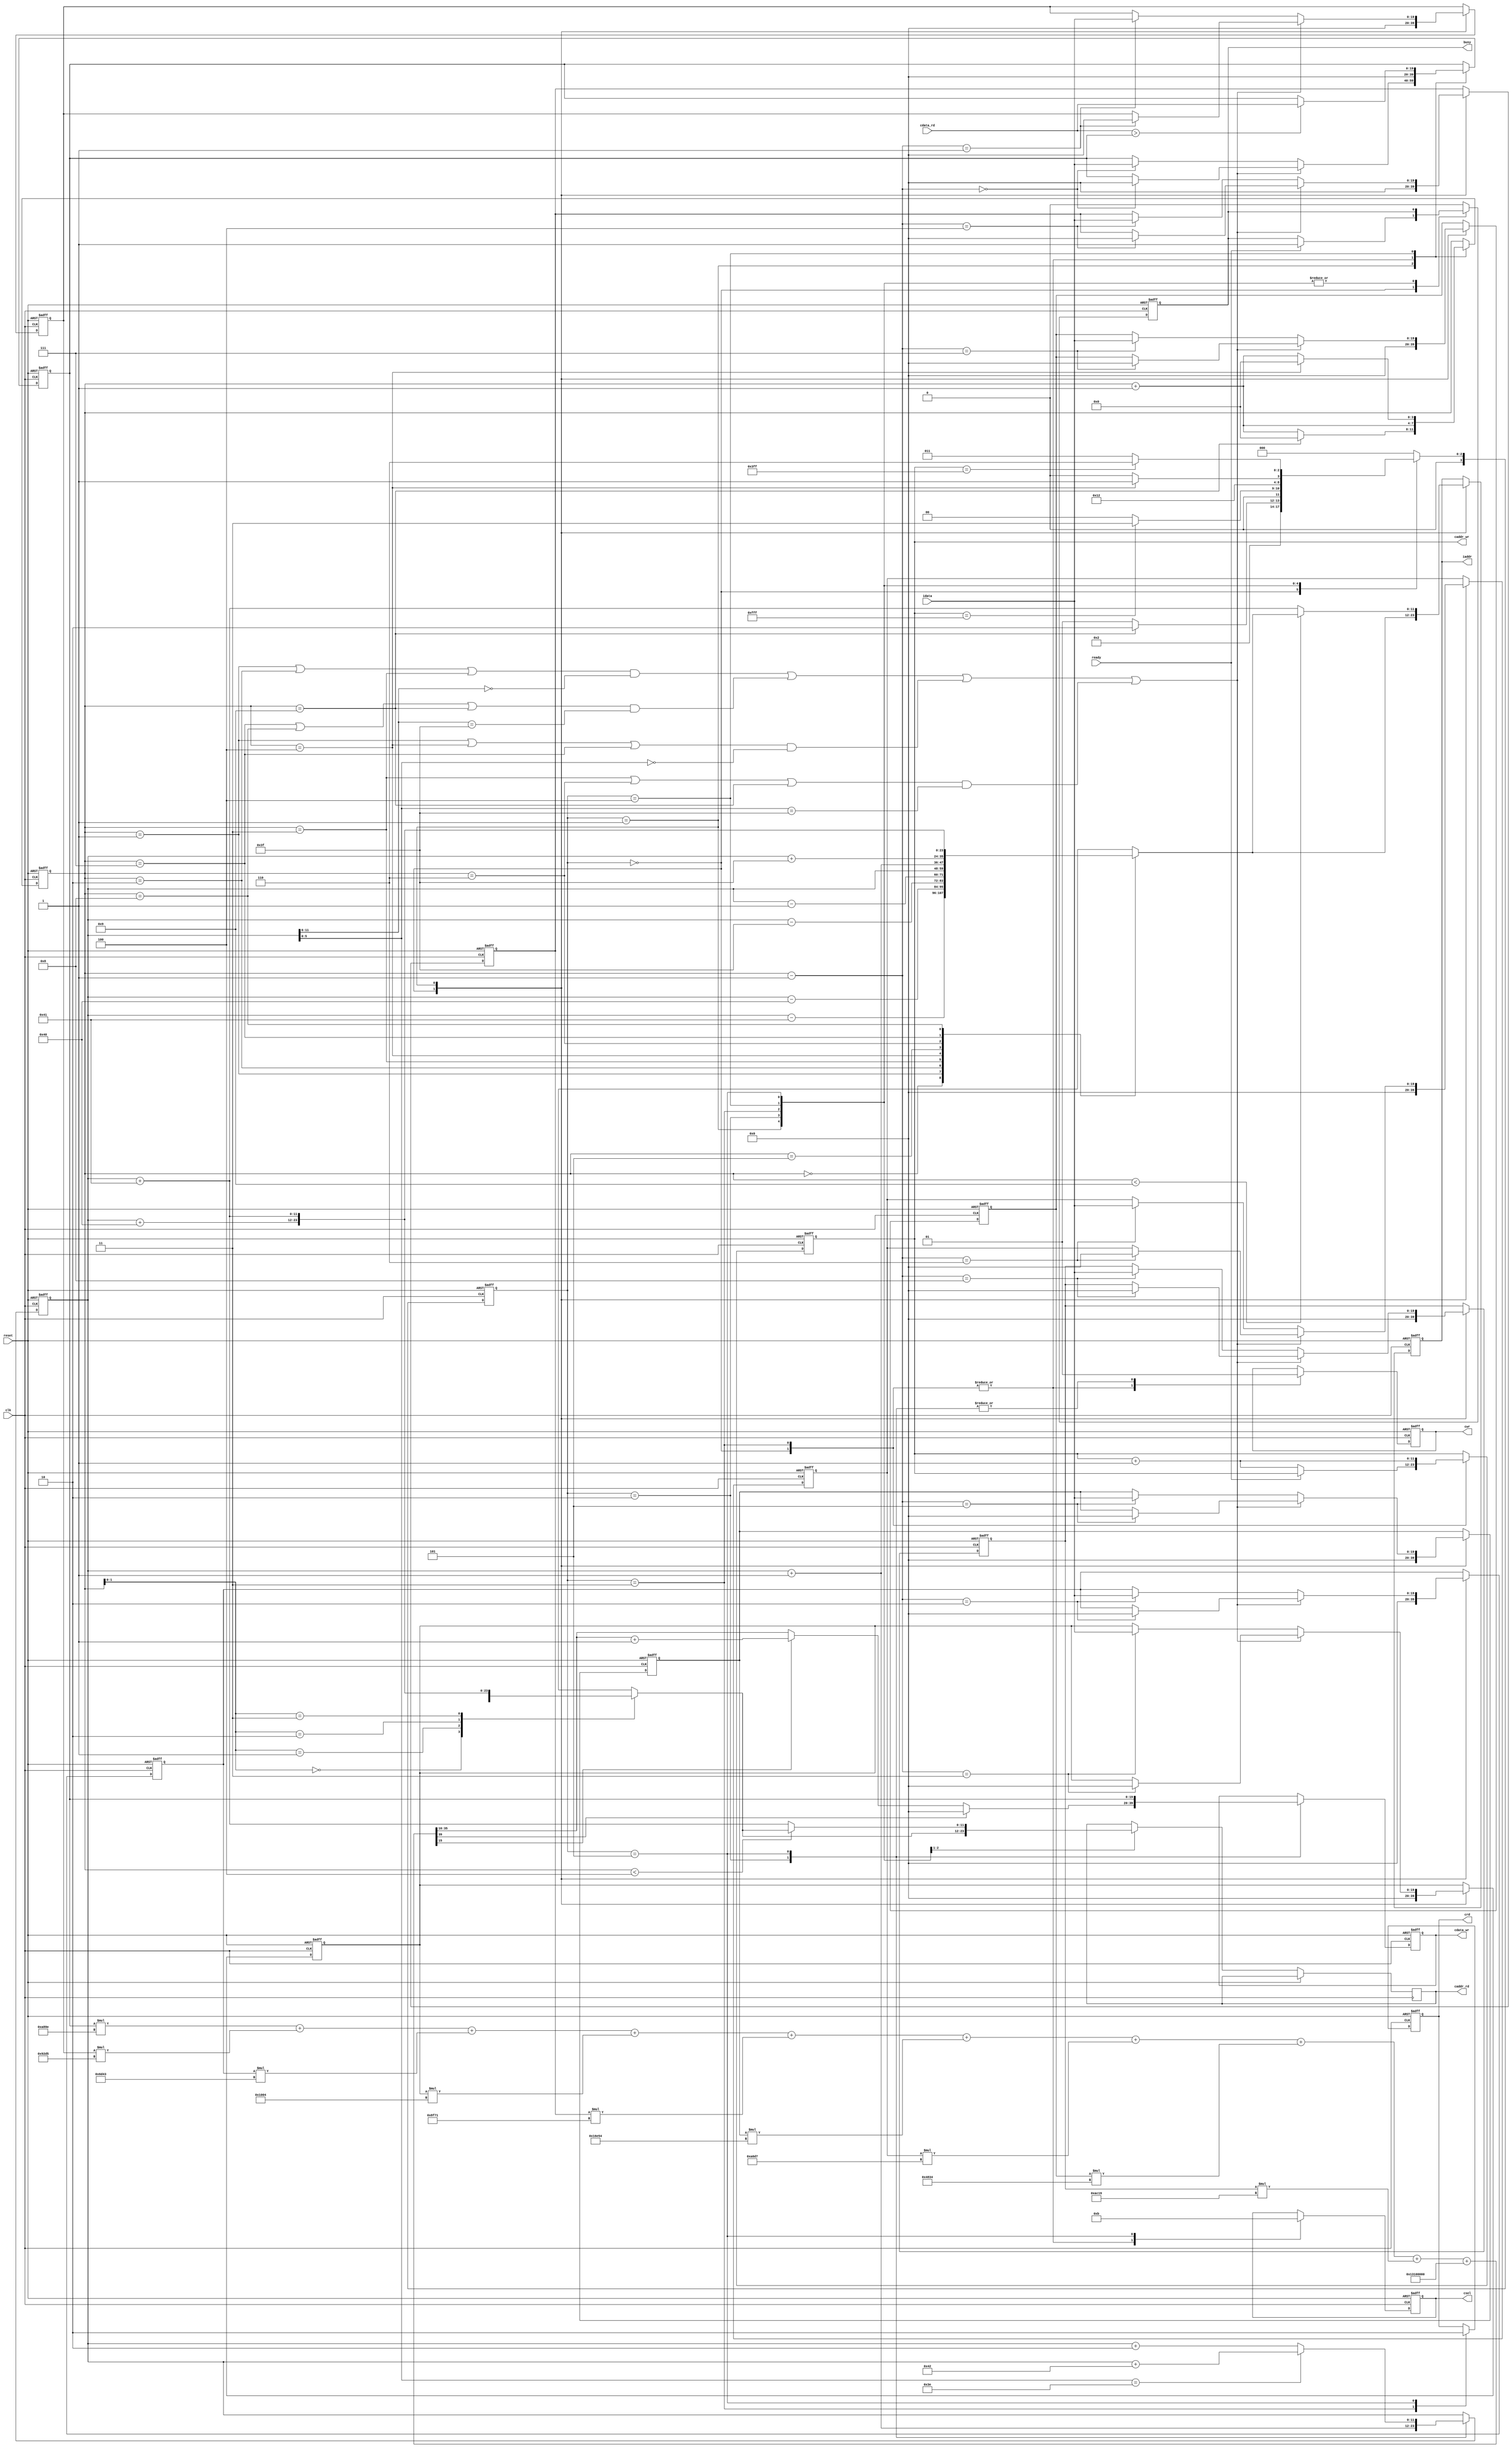

`timescale 1ns/10ps

module  CONV(
	input							clk,
	input							reset,
	output	reg						busy,	
	input							ready,	
			
	output	reg			[11:0]		iaddr,
	input				[19:0]		idata,	
	
	output	reg	 					cwr,
	output	reg 		[11:0]		caddr_wr,
	output	reg signed	[19:0] 		cdata_wr,
	
	output	reg 					crd,
	output	reg			[11:0] 		caddr_rd,
	input	 			[19:0]		cdata_rd,
	
	output	reg 		[2:0]		csel
	);

	reg 		[3:0]		current_state, next_state;
	reg 		[3:0]		counter;
	reg			[11:0]		counter_addr;
	reg signed	[19:0]		buffer [8:0];

	wire 		[11:0]		addr [8:0], addr_p [3:0];
	wire signed	[39:0]		conv_result	[9:0];

	parameter	[2:0]	START_C	= 3'd0,
						LOAD_C	= 3'd1,
						STORE_C	= 3'd2,
						START_P	= 3'd3,
						LOAD_P	= 3'd4,
						STORE_P	= 3'd5,
						END		= 3'd6
	;

	parameter	signed 	[19:0]	kernel_0 = 20'h0A89E;
	parameter	signed 	[19:0]	kernel_1 = 20'h092D5;
	parameter	signed 	[19:0]	kernel_2 = 20'h06D43;
	parameter	signed 	[19:0]	kernel_3 = 20'h01004;
	parameter	signed 	[19:0]	kernel_4 = 20'hF8F71;
	parameter	signed 	[19:0]	kernel_5 = 20'hF6E54;
	parameter	signed 	[19:0]	kernel_6 = 20'hFA6D7;
	parameter	signed 	[19:0]	kernel_7 = 20'hFC834;
	parameter	signed 	[19:0]	kernel_8 = 20'hFAC19;
	parameter	signed 	[39:0] 	bias	 = 40'b000010011000100000000000000000000;

	assign addr[0] = counter_addr - 11'd65;
	assign addr[1] = counter_addr - 11'd64;
	assign addr[2] = counter_addr - 11'd63;
	assign addr[3] = counter_addr - 11'd1;
	assign addr[4] = counter_addr;
	assign addr[5] = counter_addr + 11'd1;
	assign addr[6] = counter_addr + 11'd63;
	assign addr[7] = counter_addr + 11'd64;
	assign addr[8] = counter_addr + 11'd65;

	assign addr_p[0] = counter_addr;
	assign addr_p[1] = counter_addr + 11'd1;
	assign addr_p[2] = counter_addr + 11'd64;
	assign addr_p[3] = counter_addr + 11'd65;


	assign conv_result[0] = buffer[0] * kernel_0 ;
	assign conv_result[1] = buffer[1] * kernel_1 ;
	assign conv_result[2] = buffer[2] * kernel_2 ;
	assign conv_result[3] = buffer[3] * kernel_3 ;
	assign conv_result[4] = buffer[4] * kernel_4 ;
	assign conv_result[5] = buffer[5] * kernel_5 ;
	assign conv_result[6] = buffer[6] * kernel_6 ;
	assign conv_result[7] = buffer[7] * kernel_7 ;
	assign conv_result[8] = buffer[8] * kernel_8 ;

	assign conv_result[9] = ( conv_result[0] + conv_result[1] + conv_result[2] +
							  conv_result[3] + conv_result[4] + conv_result[5] +
							  conv_result[6] + conv_result[7] + conv_result[8] + bias );


always @( posedge clk or posedge reset ) begin
	if( reset ) begin
		current_state <= START_C;
		counter <= 4'd0;
		counter_addr <= 12'd0;
		iaddr <= 0;
		caddr_wr <= 12'd0;
		cdata_wr <= 20'd0;
		cwr <= 1'b0;
		crd <= 1'b0;
		csel <= 3'b000;
		busy <= 1'b0;

		buffer[0] <= 20'd0;
		buffer[1] <= 20'd0;
		buffer[2] <= 20'd0;
		buffer[3] <= 20'd0;
		buffer[4] <= 20'd0;
		buffer[5] <= 20'd0;
		buffer[6] <= 20'd0;
		buffer[7] <= 20'd0;
		buffer[8] <= 20'd0;
	end
	else begin
		current_state <= next_state;
		case (current_state)
			START_C: begin
				busy <= (ready) ? 1'b1 : busy;
				iaddr <= addr[counter];
				caddr_wr <= (ready) ? caddr_wr : caddr_wr + 12'd1;
				counter <= counter + 4'd1;
				cwr <= 1'b0;
				csel <= 3'b001;

				buffer[0] <= 20'd0;
				buffer[1] <= 20'd0;
				buffer[2] <= 20'd0;
				buffer[3] <= 20'd0;
				buffer[4] <= 20'd0;
				buffer[5] <= 20'd0;
				buffer[6] <= 20'd0;
				buffer[7] <= 20'd0;
				buffer[8] <= 20'd0;	
			end 
			LOAD_C: begin
				iaddr <= (counter < 4'd9) ? addr[counter] : addr[8];
				counter <= (counter == 4'd9) ? 4'd0 : counter + 4'd1;

				if(	((counter == 4'd1 || counter == 4'd2 || counter == 4'd3) && (counter_addr[11:6] == 6'b000000)) || 
					((counter == 4'd7 || counter == 4'd8 || counter == 4'd9) && (counter_addr[11:6] == 6'b111111)) || 
					((counter == 4'd1 || counter == 4'd4 || counter == 4'd7) && (counter_addr[5:0] == 6'b000000)) || 
					((counter == 4'd3 || counter == 4'd6 || counter == 4'd9) && (counter_addr[5:0] == 6'b111111))) begin
					buffer[counter-1] <= 20'd0;
				end
				else begin
					buffer[counter-1] <= idata;
				end
			end
			STORE_C: begin
				counter_addr <= counter_addr + 12'd1;
				cwr <= 1'b1;
				if( conv_result[9][39] == 0 ) begin
					cdata_wr <= (conv_result[9][15] == 1'b0) ? conv_result[9][35:16] : (conv_result[9][35:16] +1'b1);
				end
				else begin
					cdata_wr <= 20'd0;
				end
			end
			START_P: begin
				caddr_rd <= addr_p[counter];
				caddr_wr <= caddr_wr + 12'd1;
				counter <= counter + 4'd1;
				crd <= 1'b1;
				cwr <= 1'b0;
				csel <= 3'b001;

				buffer[0] <= 20'd0;
			end
			LOAD_P: begin
				caddr_rd <= (counter < 4'd4) ? addr_p[counter] : addr_p[3];
				counter <= (counter == 4'd4) ? 4'd0 : counter + 4'd1;
				buffer[0] <= (cdata_rd > buffer[0]) ? cdata_rd : buffer[0];
			end
			STORE_P: begin
				counter_addr <= (counter_addr[5:0] == 6'b111110) ? counter_addr + 12'd66  : counter_addr + 12'd2;
				crd <= 1'b0;
				cwr <= 1'b1;
				csel <= 3'b011;
				cdata_wr <= buffer[0];
			end
			END: begin
				busy <= 1'b0;
			end
			default: busy <= 1'b0;
		endcase
	end
end

always@( * ) begin
	case( current_state )
		START_C: begin
			next_state = LOAD_C;
		end
		LOAD_C: begin
			next_state = (counter == 4'd9) ? STORE_C : LOAD_C;
		end
		STORE_C: begin
			next_state = (caddr_wr == 12'd4095) ? START_P : START_C;
		end
		START_P: begin
			next_state = LOAD_P;
		end
		LOAD_P: begin
			next_state = (counter == 4'd4) ? STORE_P : LOAD_P;
		end
		STORE_P: begin
			next_state = (caddr_wr == 12'd1023) ? END : START_P;
		end
		END:begin
			next_state = START_C;
		end
		default: begin
			next_state = START_C;
		end
	endcase
end


endmodule